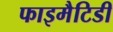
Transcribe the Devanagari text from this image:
फाइमैटिडी